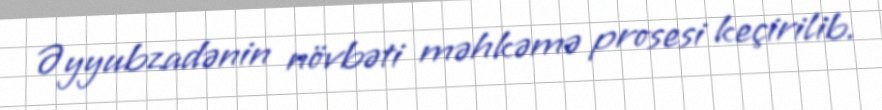
Əyyubzadənin növbəti məhkəmə prosesi keçirilib.